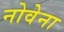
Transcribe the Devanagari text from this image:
नोवेना